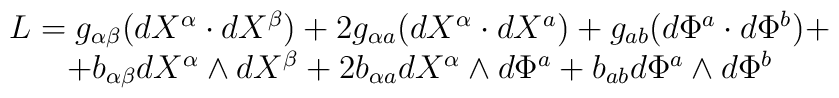
\begin{array}{c}L=g_{\alpha\beta}(dX^{\alpha}\cdot dX^{\beta})+2g_{\alpha a}(dX^{\alpha}\cdot dX^a)+g_{ab}(d\Phi^a \cdot d\Phi^b)+\\+b_{\alpha\beta}dX^{\alpha}\wedge dX^{\beta}+2b_{\alpha a}dX^{\alpha} \wedge d\Phi^a + b_{ab} d\Phi^a\wedge d\Phi^b\end{array}